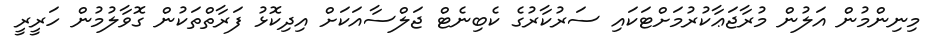
މިނިންމުން އަލުން މުރާޖަޢާކުރުމަށްޓަކައި ސަރުކާރުގެ ކެބިނެޓް ޖަލްސާއަކަށް އިދިކޮޅު ފަރާތްތަކުން ގޮވާލުމުން ހަރީރީ